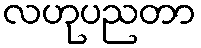
လဟုပညတာ